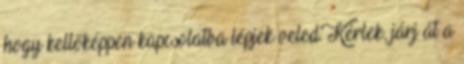
hogy kellőképpen kapcsolatba lépjek veled. Kérlek, járj át a